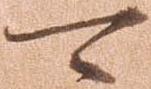
可